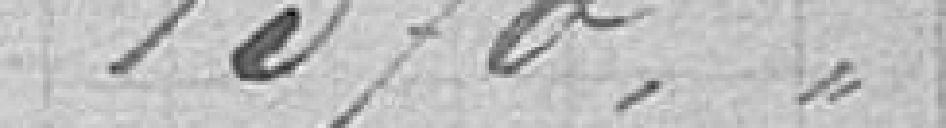
1370